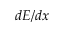
d E / d x